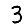
Digit: 3